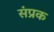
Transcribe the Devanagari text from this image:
संप्रक